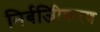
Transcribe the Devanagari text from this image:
निर्बजिीकरण